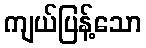
ကျယ်ပြန့်သော